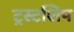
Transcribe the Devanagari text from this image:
ट्रस्टशिप